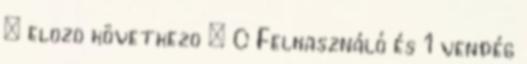
« elõzõ következõ » 0 Felhasználó és 1 vendég